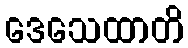
ဒေသေထာတိ